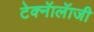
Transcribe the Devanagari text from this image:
टेक्नॅालॅाजी